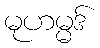
မုဟမ္မဒ်